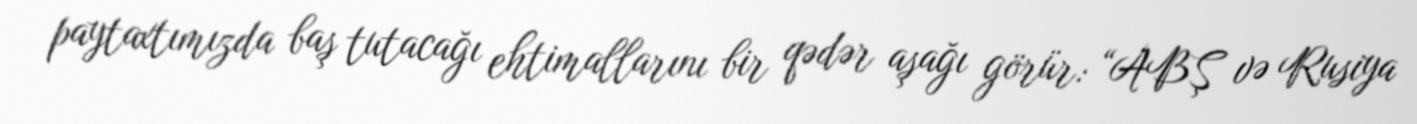
paytaxtımızda baş tutacağı ehtimallarını bir qədər aşağı görür: “ABŞ və Rusiya